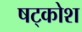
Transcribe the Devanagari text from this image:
षट्कोश